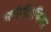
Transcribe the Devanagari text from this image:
ब्लॉगॉसफियर